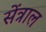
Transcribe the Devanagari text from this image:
सेंत्राल